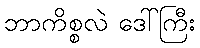
ဘာကိစ္စလဲ ဒေါ်ကြီး